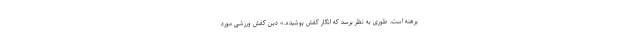
برهنه است، طوری به نظر برسد که انگار کفش پوشیده.» دین کفش ورزشی مورد